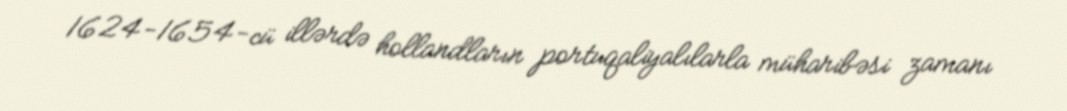
1624-1654-cü illərdə hollandların portuqaliyalılarla müharibəsi zamanı